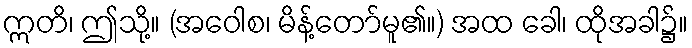
ဣတိ၊ ဤသို့။ (အဝေါစ၊ မိန့်တော်မူ၏။) အထ ခေါ၊ ထိုအခါ၌။